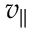
v _ { | | }